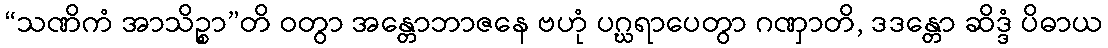
“သဏိကံ အာသိဉ္စာ”တိ ဝတွာ အန္တောဘာဇနေ ဗဟုံ ပဂ္ဃရာပေတွာ ဂဏှာတိ, ဒဒန္တော ဆိဒ္ဒံ ပိဓာယ